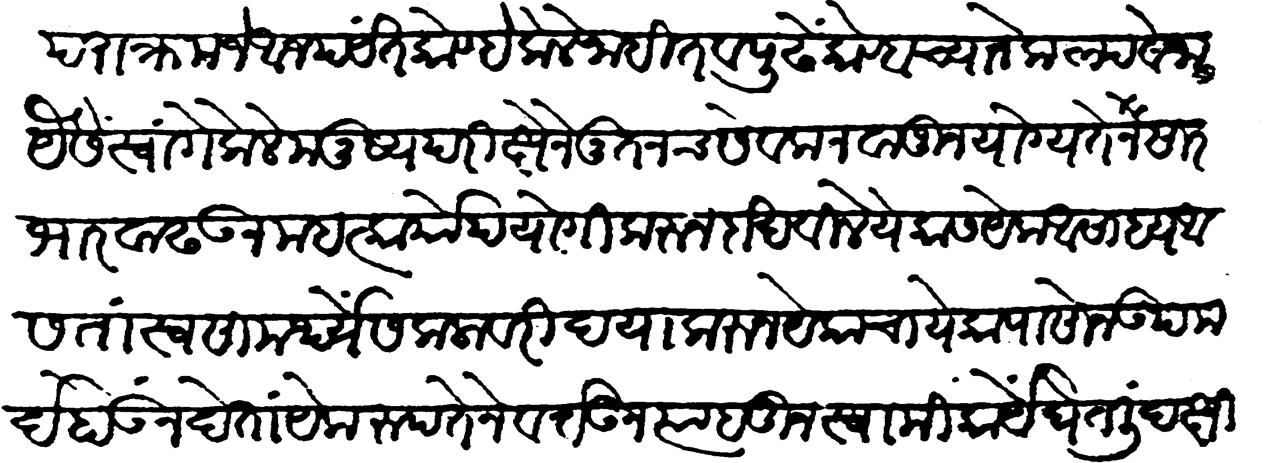
Transliteration (Devanagari): पराक्रम जे आजपर्यंत कोण्हें केले नाहींत व पुढे कोण्हाच्याने कल्पवेना यैसे स्वांगे केले मनुष्य परीक्षेने नूतनच सेवक नवाजून योग्यतेनुसार भार वाढवून महत्कार्योपयोगी करून दाखविले येकास येक असाध्य आसता स्वसामर्थ्यें सकलांवरी दया करून येकाचा येकापासोन उपमर्द होऊ देतां येकरूपतेने वर्तुन त्या हतून स्वामिकार्यें घेतली दक्षिण